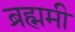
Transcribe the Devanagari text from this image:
ब्रह्ममी